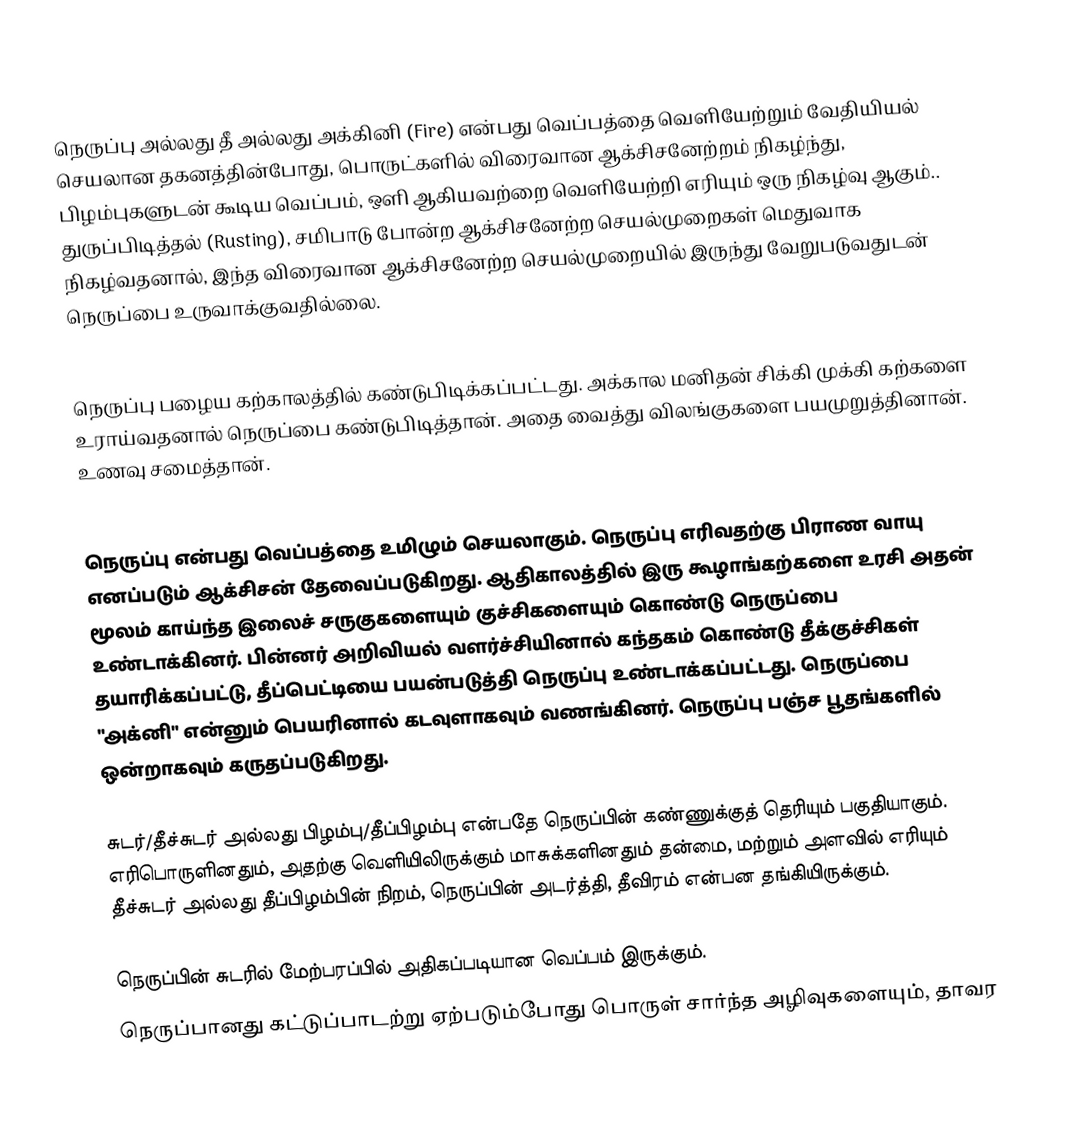
நெருப்பு அல்லது தீ அல்லது அக்கினி (Fire) என்பது வெப்பத்தை வெளியேற்றும் வேதியியல் செயலான தகனத்தின்போது, பொருட்களில் விரைவான ஆக்சிசனேற்றம் நிகழ்ந்து, பிழம்புகளுடன் கூடிய வெப்பம், ஒளி ஆகியவற்றை வெளியேற்றி எரியும் ஒரு நிகழ்வு ஆகும்.. துருப்பிடித்தல் (Rusting), சமிபாடு போன்ற ஆக்சிசனேற்ற செயல்முறைகள் மெதுவாக நிகழ்வதனால், இந்த விரைவான ஆக்சிசனேற்ற செயல்முறையில் இருந்து வேறுபடுவதுடன் நெருப்பை உருவாக்குவதில்லை.

நெருப்பு பழைய கற்காலத்தில் கண்டுபிடிக்கப்பட்டது. அக்கால மனிதன் சிக்கி முக்கி கற்களை உராய்வதனால் நெருப்பை கண்டுபிடித்தான். அதை வைத்து விலங்குகளை பயமுறுத்தினான். உணவு சமைத்தான்.

நெருப்பு என்பது வெப்பத்தை உமிழும் செயலாகும். நெருப்பு எரிவதற்கு பிராண வாயு எனப்படும் ஆக்சிசன் தேவைப்படுகிறது. ஆதிகாலத்தில் இரு கூழாங்கற்களை உரசி அதன் மூலம் காய்ந்த இலைச் சருகுகளையும்  குச்சிகளையும் கொண்டு நெருப்பை உண்டாக்கினர். பின்னர் அறிவியல் வளர்ச்சியினால் கந்தகம் கொண்டு தீக்குச்சிகள் தயாரிக்கப்பட்டு, தீப்பெட்டியை பயன்படுத்தி நெருப்பு உண்டாக்கப்பட்டது. நெருப்பை "அக்னி" என்னும் பெயரினால் கடவுளாகவும் வணங்கினர். நெருப்பு பஞ்ச பூதங்களில் ஒன்றாகவும் கருதப்படுகிறது.

சுடர்/தீச்சுடர் அல்லது பிழம்பு/தீப்பிழம்பு என்பதே நெருப்பின் கண்ணுக்குத் தெரியும் பகுதியாகும். எரிபொருளினதும், அதற்கு வெளியிலிருக்கும் மாசுக்களினதும் தன்மை, மற்றும் அளவில் எரியும் தீச்சுடர் அல்லது தீப்பிழம்பின் நிறம், நெருப்பின் அடர்த்தி, தீவிரம் என்பன தங்கியிருக்கும்.

நெருப்பின் சுடரில் மேற்பரப்பில் அதிகப்படியான வெப்பம் இருக்கும்.
நெருப்பானது கட்டுப்பாடற்று ஏற்படும்போது பொருள் சார்ந்த அழிவுகளையும், தாவர